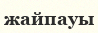
жайпауы